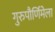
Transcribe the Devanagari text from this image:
गुरुपौर्णिमेला